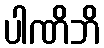
ပါဏိဘိ